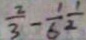
\frac { 2 } { 3 } - \frac { 1 } { 6 } \frac { 1 } { 2 }